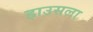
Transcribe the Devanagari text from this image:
हाउसला